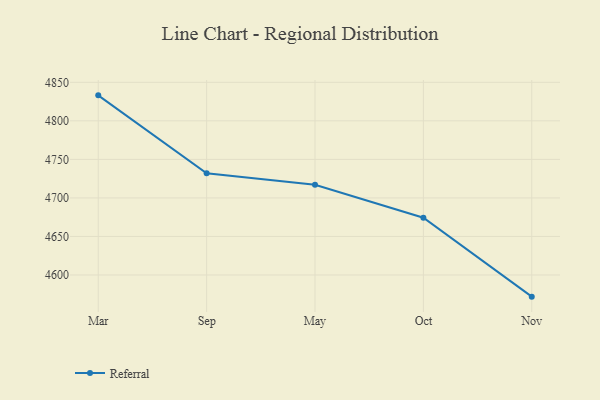
{"axis": {"x": "Month", "y": "Tickets Resolved"}, "legend": ["Referral"], "data": [{"x": "Mar", "y": 4833.1, "type": "Referral"}, {"x": "Sep", "y": 4732.1, "type": "Referral"}, {"x": "May", "y": 4717.1, "type": "Referral"}, {"x": "Oct", "y": 4674.3, "type": "Referral"}, {"x": "Nov", "y": 4571.9, "type": "Referral"}]}